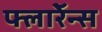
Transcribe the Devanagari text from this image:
फ्लाॅरेन्स